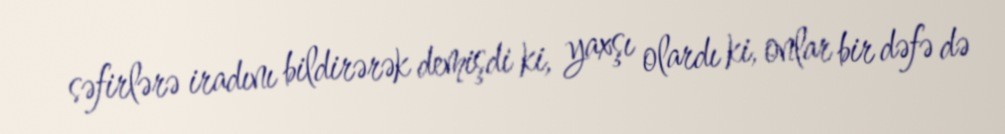
səfirlərə iradını bildirərək demişdi ki, yaxşı olardı ki, onlar bir dəfə də